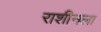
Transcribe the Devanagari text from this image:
राशीनला